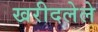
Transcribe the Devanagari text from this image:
खरीदलेले